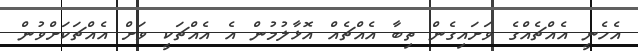
އެހެނީ އެއްޗެއްގެ ވަށައިގެން ތިބާ އެއްޗެއް އޮޅާލުމުން އެ އެއްޗަކީ ވަށް އެއްޗަކަށްވުން